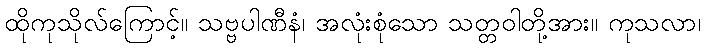
ထိုကုသိုလ်ကြောင့်။ သဗ္ဗပါဏီနံ၊ အလုံးစုံသော သတ္တဝါတို့အား။ ကုသလာ၊